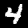
Digit: 4